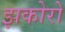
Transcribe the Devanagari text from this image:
झकोरों